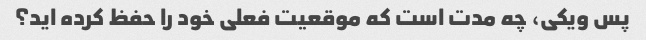
پس ویکی، چه مدت است که موقعیت فعلی خود را حفظ کرده اید؟